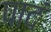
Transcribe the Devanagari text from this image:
पादं